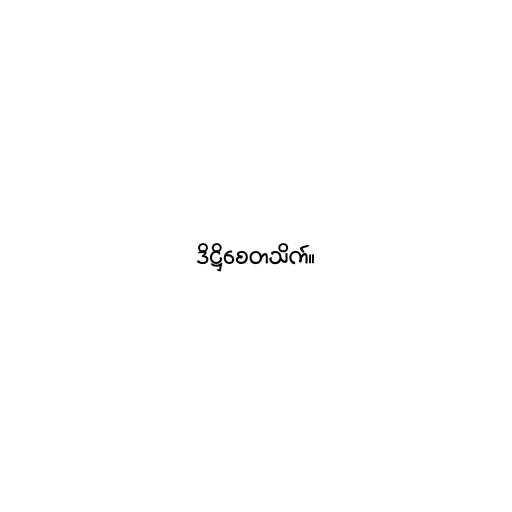
ဒိဋ္ဌိစေတသိက်။